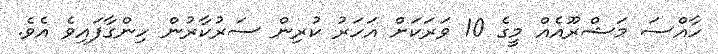
ހާއްސަ މަޝްރޫއެއް މީގެ 10 ވަރަކަށް އަހަރު ކުރިން ސަރުކާރުން ހިންގާފައިވެ އެވެ.